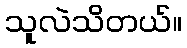
သူလဲသိတယ်။